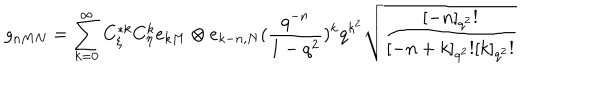
LaTeX: g _ { n M N } = \sum _ { k = 0 } ^ { \infty } C _ { \xi } ^ { * k } C _ { \eta } ^ { k } e _ { k M } \otimes e _ { k - n , N } ( \frac { q ^ { - n } } { 1 - q ^ { 2 } } ) ^ { k } q ^ { k ^ { 2 } } \sqrt { \frac { [ - n ] _ { q ^ { 2 } } ! } { [ - n + k ] _ { q ^ { 2 } } ! [ k ] _ { q ^ { 2 } } ! } }